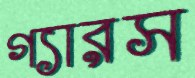
গ্যারস